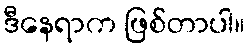
ဒီနေရာက ဖြစ်တာပါ။